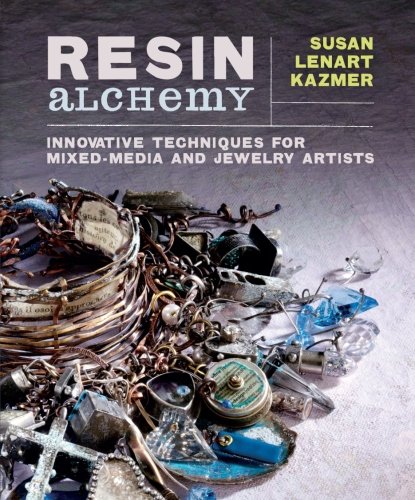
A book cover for Resin Alchemy: Innovative Techniques for Mixed-Media and Jewelry Artists; Susan Lenart Kazmer; Crafts, Hobbies & Home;